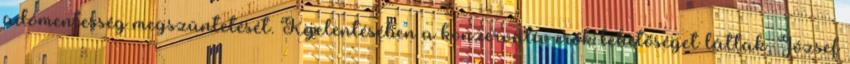
adómentesség megszüntetését. Kijelentésében a konzervatív erők lehetőséget láttak, József